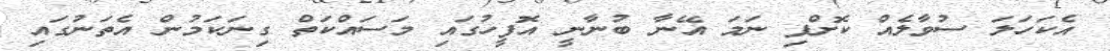
އެކަހަލަ ސުވާލެއް ކޮށްފި ނަމަ އޭނާ ބުނާނީ އޮފީހުގައި މަސައްކަތް ގިނަކަމުން އެތަނުގައި